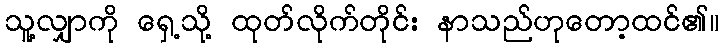
သူ့လျှာကို ရှေ့သို့ ထုတ်လိုက်တိုင်း နာသည်ဟုတော့ထင်၏။